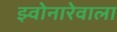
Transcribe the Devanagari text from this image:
झ्वोनारेवाला